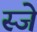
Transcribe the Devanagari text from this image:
स्जे